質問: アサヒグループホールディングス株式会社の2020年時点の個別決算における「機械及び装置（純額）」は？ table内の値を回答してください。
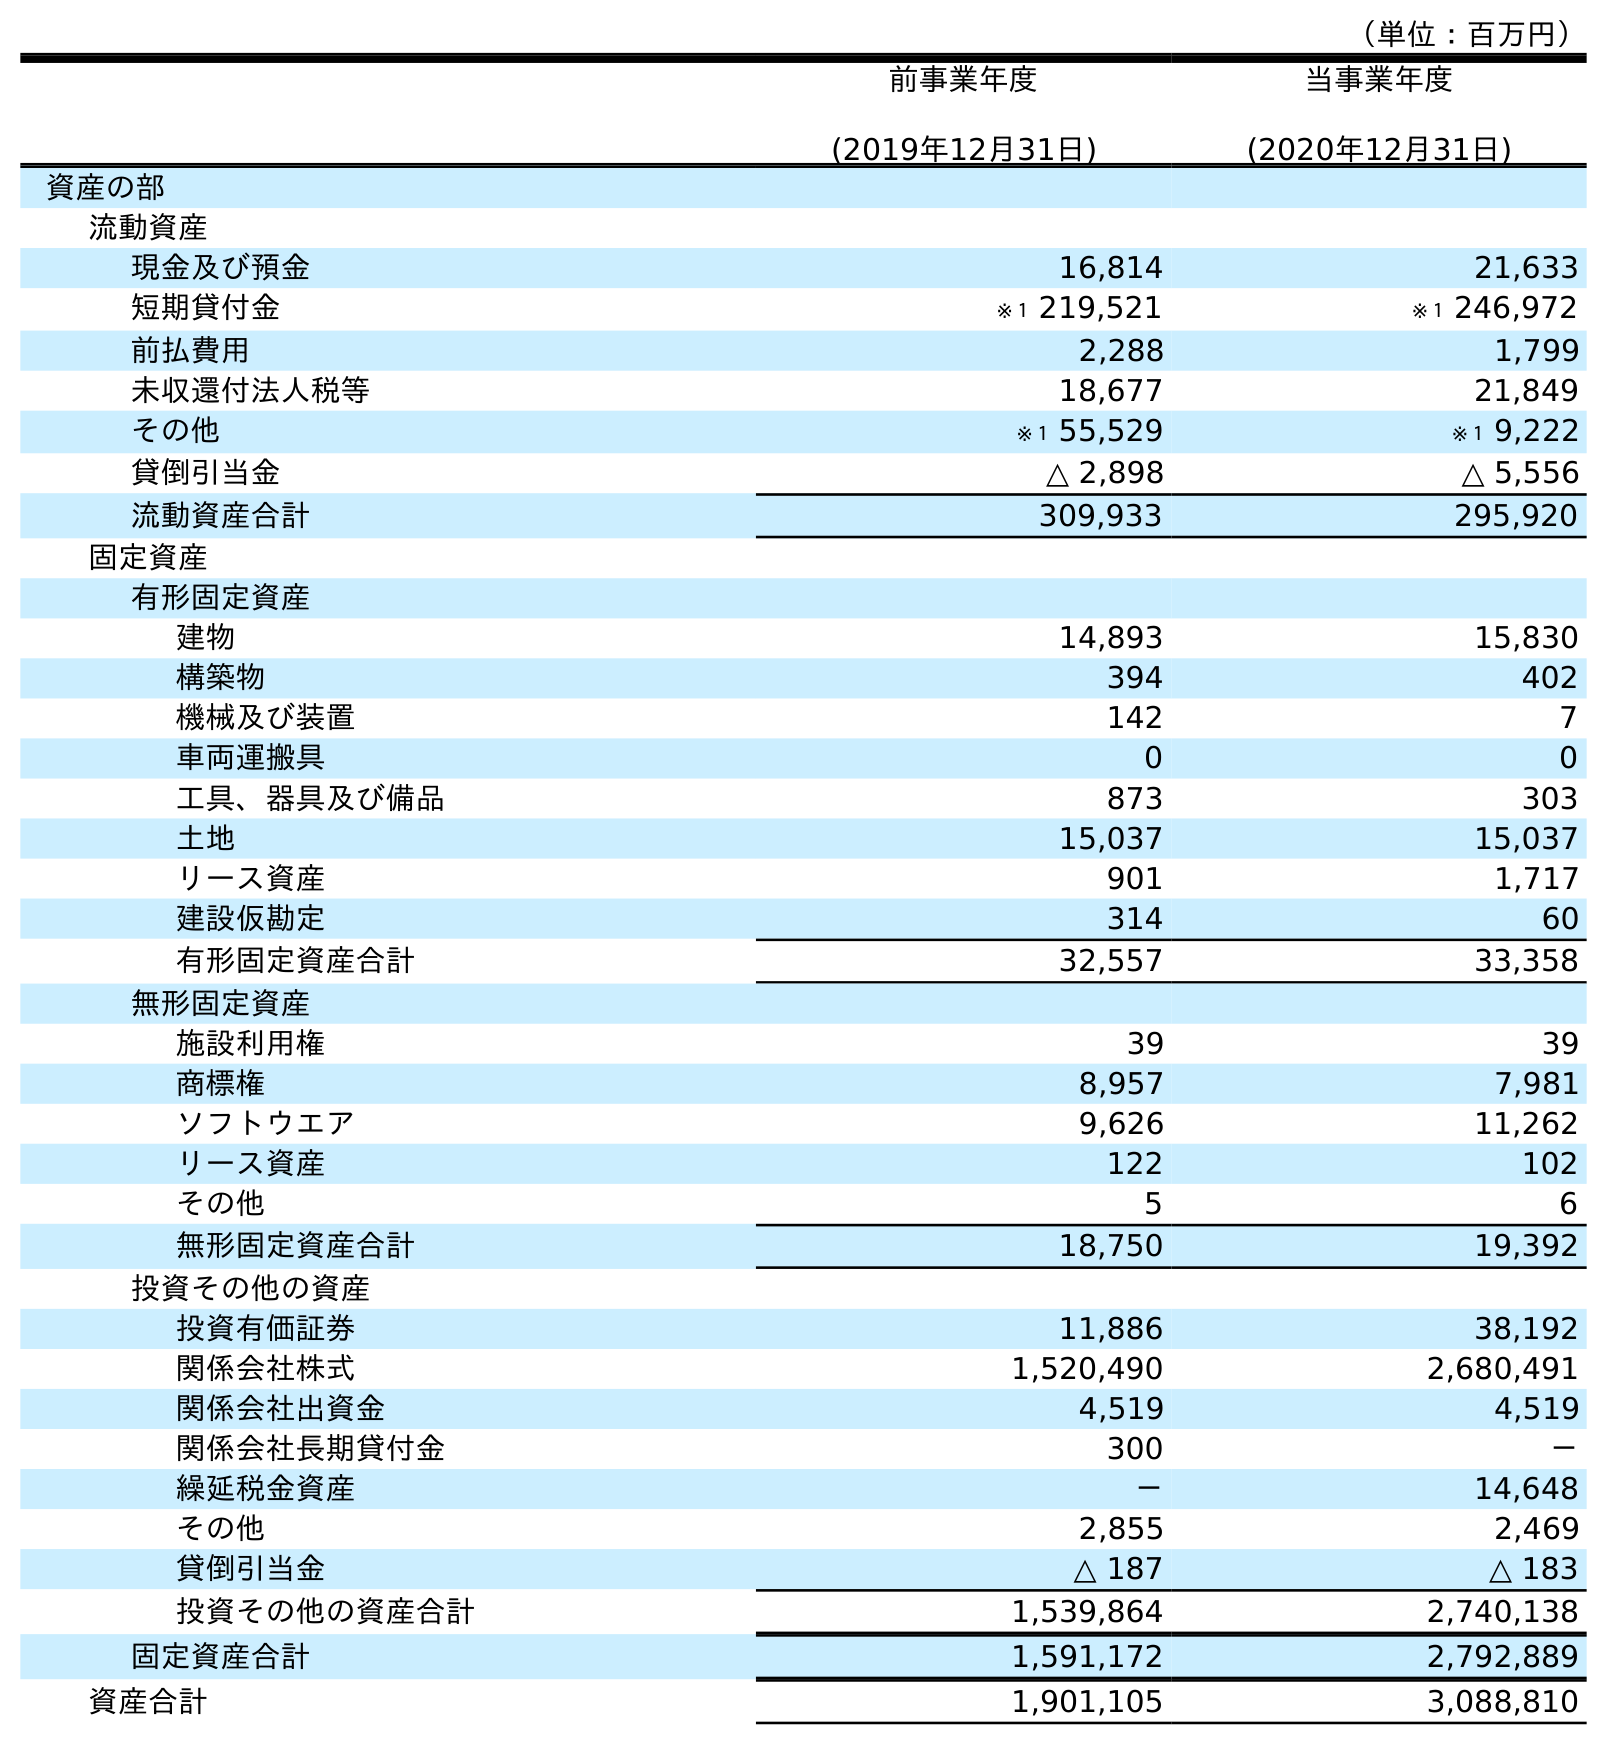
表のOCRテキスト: （単位：百万円） 前事業年度 (2019年12月31日) 当事業年度 (2020年12月31日) 資産の部 流動資産 現金及び預金 16,814 21,633 短期貸付金 ※１ 219,521 ※１ 246,972 前払費用 2,288 1,799 未収還付法人税等 18,677 21,849 その他 ※１ 55,529 ※１ 9,222 貸倒引当金 △ 2,898 △ 5,556 流動資産合計 309,933 295,920 固定資産 有形固定資産 建物 14,893 15,830 構築物 394 402 機械及び装置 142 7 車両運搬具 0 0 工具、器具及び備品 873 303 土地 15,037 15,037 リース資産 901 1,717 建設仮勘定 314 60 有形固定資産合計 32,557 33,358 無形固定資産 施設利用権 39 39 商標権 8,957 7,981 ソフトウエア 9,626 11,262 リース資産 122 102 その他 5 6 無形固定資産合計 18,750 19,392 投資その他の資産 投資有価証券 11,886 38,192 関係会社株式 1,520,490 2,680,491 関係会社出資金 4,519 4,519 関係会社長期貸付金 300 － 繰延税金資産 － 14,648 その他 2,855 2,469 貸倒引当金 △ 187 △ 183 投資その他の資産合計 1,539,864 2,740,138 固定資産合計 1,591,172 2,792,889 資産合計 1,901,105 3,088,810
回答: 7